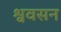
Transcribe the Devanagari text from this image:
श्ववसन